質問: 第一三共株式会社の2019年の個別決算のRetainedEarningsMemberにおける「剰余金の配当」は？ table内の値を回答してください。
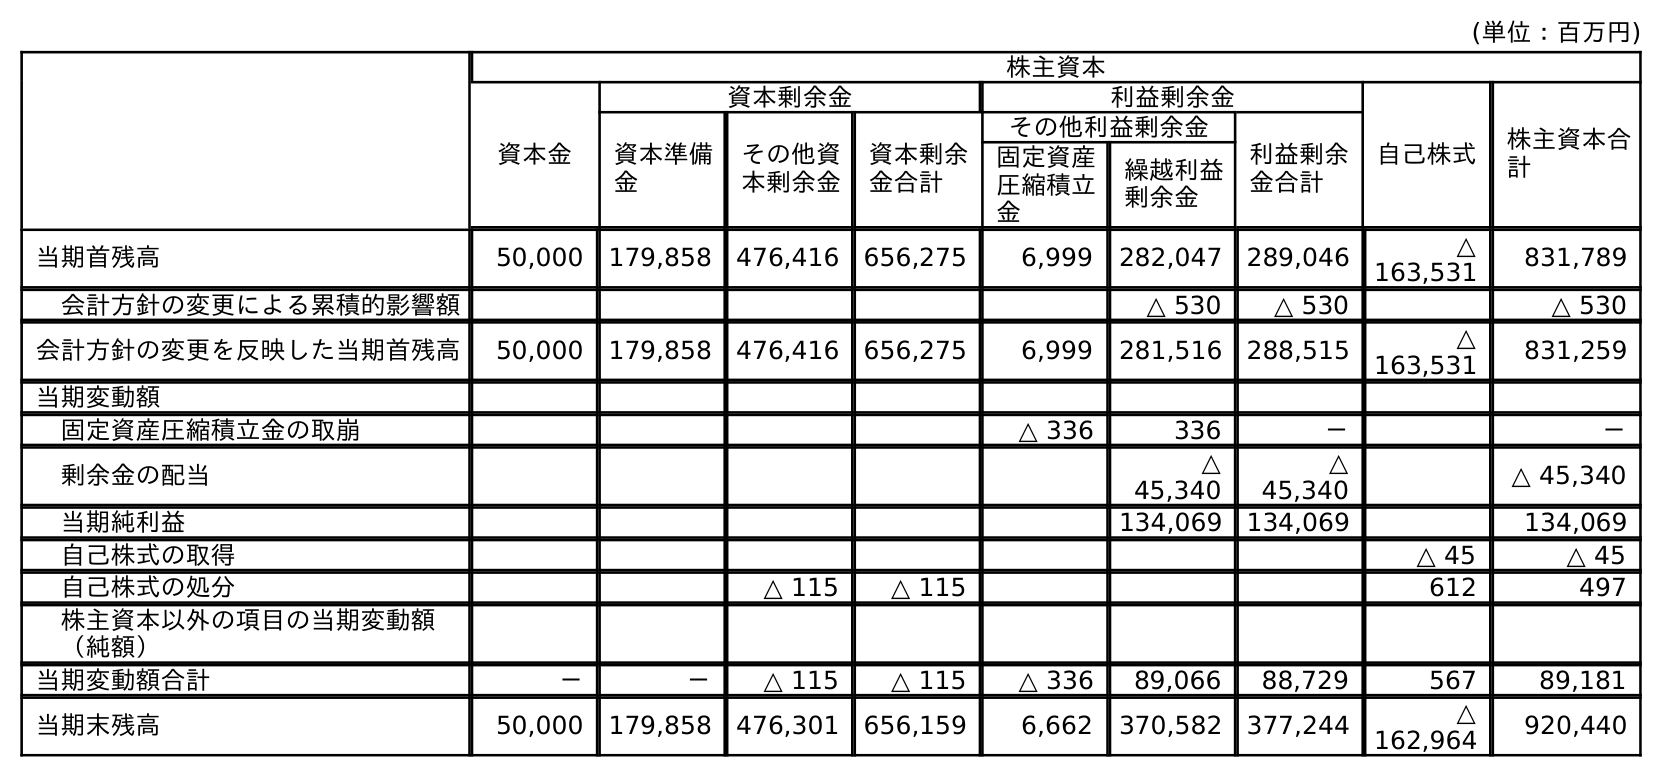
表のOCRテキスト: (単位：百万円) 株主資本 資本金 資本剰余金 利益剰余金 自己株式 株主資本合 計 資本準備 金 その他資 本剰余金 資本剰余 金合計 その他利益剰余金 利益剰余 金合計 固定資産 圧縮積立 金 繰越利益 剰余金 当期首残高 50,000 179,858 476,416 656,275 6,999 282,047 289,046 △ 163,531 831,789 会計方針の変更による累積的影響額 △ 530 △ 530 △ 530 会計方針の変更を反映した当期首残高 50,000 179,858 476,416 656,275 6,999 281,516 288,515 △ 163,531 831,259 当期変動額 固定資産圧縮積立金の取崩 △ 336 336 － － 剰余金の配当 △ 45,340 △ 45,340 △ 45,340 当期純利益 134,069 134,069 134,069 自己株式の取得 △ 45 △ 45 自己株式の処分 △ 115 △ 115 612 497 株主資本以外の項目の当期変動額 （純額） 当期変動額合計 － － △ 115 △ 115 △ 336 89,066 88,729 567 89,181 当期末残高 50,000 179,858 476,301 656,159 6,662 370,582 377,244 △ 162,964 920,440
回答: △45,340